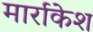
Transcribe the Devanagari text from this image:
मार्राकेश